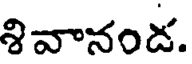
శివానండ.